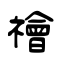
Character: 禬